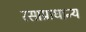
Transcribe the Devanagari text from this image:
रसाप्राधान्य